Report on horse surra - Volume I
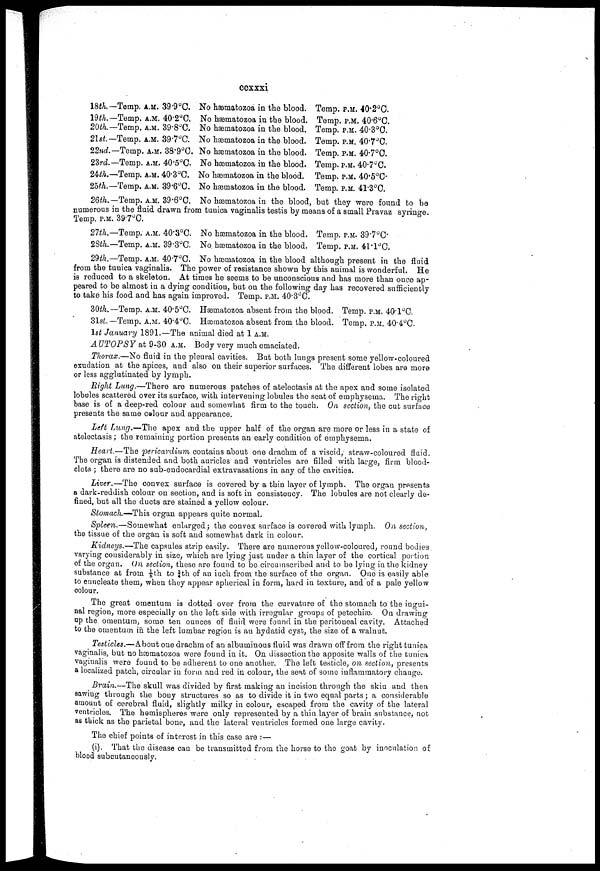
ccxxxi
18th.
19th.
20th.
21st.
22nd.
23rd.
24th.
25th.
-Temp.
-Temp.
-Temp.
-Temp.
-Temp.
-Temp.
-Temp.
-Temp.
A.M.
A.M.
A.M.
A.M.
A.M.
A.M.
A.M.
A.M.
39.9°C.
40.2°C.
39.8°C.
39.7°C.
38.9°C.
40.5°C.
40.3°C.
39.6°C.
No hæmatozoa in the blood.
No hæmatozoa in the blood.
No hæmatozoa in the blood.
No hæmatozoa in the blood.
No hæmatozoa in the blood.
No hæmatozoa in the blood.
No hæmatozoa in the blood.
No hæmatozoa in the blood.
Temp.
Temp.
Temp.
Temp.
Temp.
Temp.
Temp.
Temp.
P.M.
P.M.
P.M.
P.M.
P.M.
P.M.
P.M.
P.M.
40.2°C.
40.6°C.
40.3°C.
40.7°C.
40.7°C.
40.7°C.
40.5°C.
41.3°C.
26th.-Temp. A.M. 39.6°C. No hæmatozoa in the blood, but they were found to be
numerous in the fluid drawn from tunica vaginalis testis by means of a small Pravaz syringe.
Temp. P.M. 39.7°C.
27th.—Temp. A.M. 40.3°C. NO hæmatozoa in the blood. Temp. P.M. 39.7°C.
28th.—Temp. A.M. 39.3°C. No hæmatozoa in the blood. Temp. P.M. 41.1°C.
29th.—Temp. A.M. 40.7°C. NO hæmatozoa in the blood although present in the fluid
from the tunica vaginalis. The power of resistance shown by this animal is wonderful. He
is reduced to a skeleton. At times he seems to be unconscious and has more than once ap
peared to be almost in a dying condition, but on the following day has recovered sufficiently
to take his food and has again improved. Temp. P.M. 40.3°C.
30th.—Temp. A.M. 40.5°C. hæmatozoa absent from the blood. Temp. P.M. 40.1°C.
31st.— Temp. A.M. 40.4°C. hæmatozoa absent from the blood. Temp. P.M. 40.4°C.
1st January 1891.—The animal died at 1 A.M.
AUTOPSY at 9-30 A.M. Body very much emaciated.
Thorax.—No fluid in the pleural cavities. But both lungs present some yellow-coloured
exudation at the apices, and also on their superior surfaces. The different lobes are more
or less agglutinated by lymph.
Right Lung.—There are numerous patches of atelectasis at the apex and some isolated
lobules scattered over its surface, with intervening lobules the seat of emphysema. The right
base is of a deep-red colour and somewhat firm to the touch. On section, the cut surface
presents the same colour and appearance.
Left Lung.—The apex and the upper half of the organ are more or less in a state of
atelectasis ; the remaining portion presents an early condition of emphysema.
Heart.—The pericardium contains about one drachm of a viscid, straw-coloured fluid.
The organ is distended and both auricles and ventricles are filled with large, firm blood-
clots ; there are no sub-endocardial extravasations in any of the cavities.
Liver.—The convex surface is covered by a thin layer of lymph. The organ presents
a dark-reddish colour on section, and is soft in consistency. The lobules are not clearly de
fined, but all the ducts are stained a yellow colour.
Stomach.—This organ appears quite normal.
Spleen.—Somewhat enlarged ; the convex surface is covered with lymph. On section,
the tissue of the organ is soft and somewhat dark in colour.
Kidneys.—The capsules strip easily. There are numerous yellow-coloured, round bodies
varying considerably in size, which are lying just under a thin layer of the cortical portion
of the organ. On section, these are found to be circumscribed and to be lying in the kidney
substance at from ⅛th to ¾th of an inch from the surface of the organ. One is easily able
to enucleate them, when they appear spherical in form, hard in texture, and of a pale yellow
colour.
The great omentum is dotted over from the curvature of the stomach to the ingui
nal region, more especially on the left side with irregular groups of petechiæ. On drawing
up the omentum, some ten ounces of fluid were found in the peritoneal cavity. Attached
to the omentum in the left lumbar region is an hydatid cyst, the size of a walnut.
Testicles.—About one drachm of an albuminous fluid was drawn off from the right tunica
vaginalis, but no hæmatozoa were found in it. On dissection the apposite walls of the tunica
vaginalis were found to be adherent to one another. The left testicle, on section, presents
a localized patch, circular in form and red in colour, the seat of some inflammatory change.
Brain.—The skull was divided by first making an incision through the skin and then
sawing through the bony structures so as to divide it in two equal parts ; a considerable
amount of cerebral fluid, slightly milky in colour, escaped from the cavity of the lateral
ventricles. The hemispheres were only represented by a thin layer of brain substance, not
as thick as the parietal bone, and the lateral ventricles formed one large cavity.
The chief points of interest in this case are :—
(i). That the disease can be transmitted from the horse to the goat by inoculation of
blood subcutaneously.